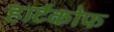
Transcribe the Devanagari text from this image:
हार्टकोफ